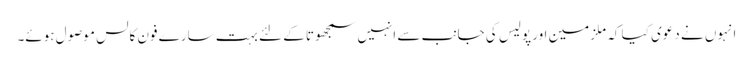
انہوں نے دعوی کیا کہ ملزمین اور پولیس کی جانب سے انہیں سمجھوتا کے لئے بہت سارے فون کالس موصول ہوئے۔